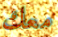
معك